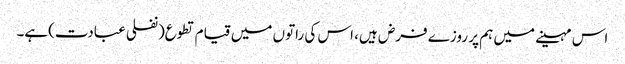
اس مہینے میں ہم پر روزے فرض ہیں، اس کی راتوں میں قیام تطوع(نفلی عبادت)ہے۔